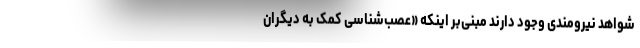
شواهد نیرومندی وجود دارند مبنی‌بر اینکه «عصب‌شناسیِ کمک به دیگران